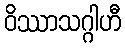
ဝိဿာသဂ္ဂါဟီ